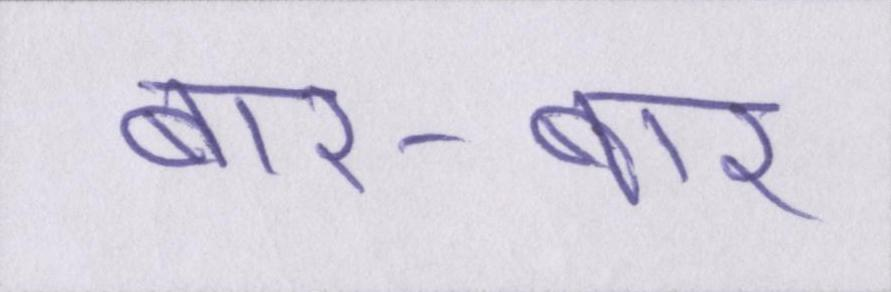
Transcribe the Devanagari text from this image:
बार-बार